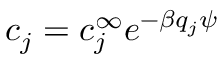
c _ { j } = c _ { j } ^ { \infty } e ^ { - \beta q _ { j } \psi }